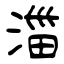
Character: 湽